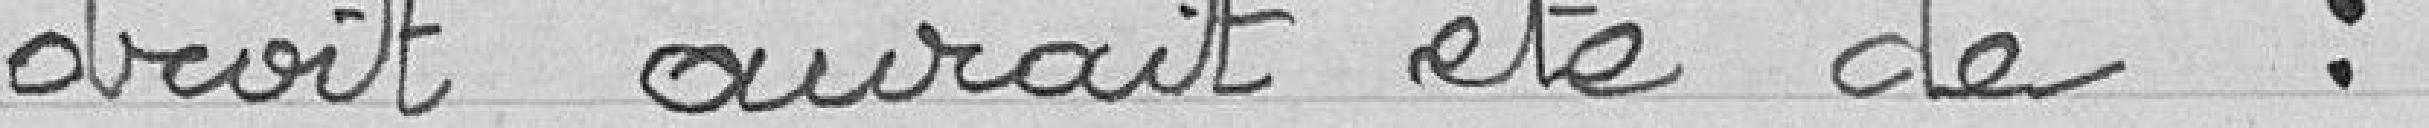
droit aurait été de :